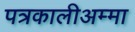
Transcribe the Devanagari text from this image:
पत्रकालीअम्मा